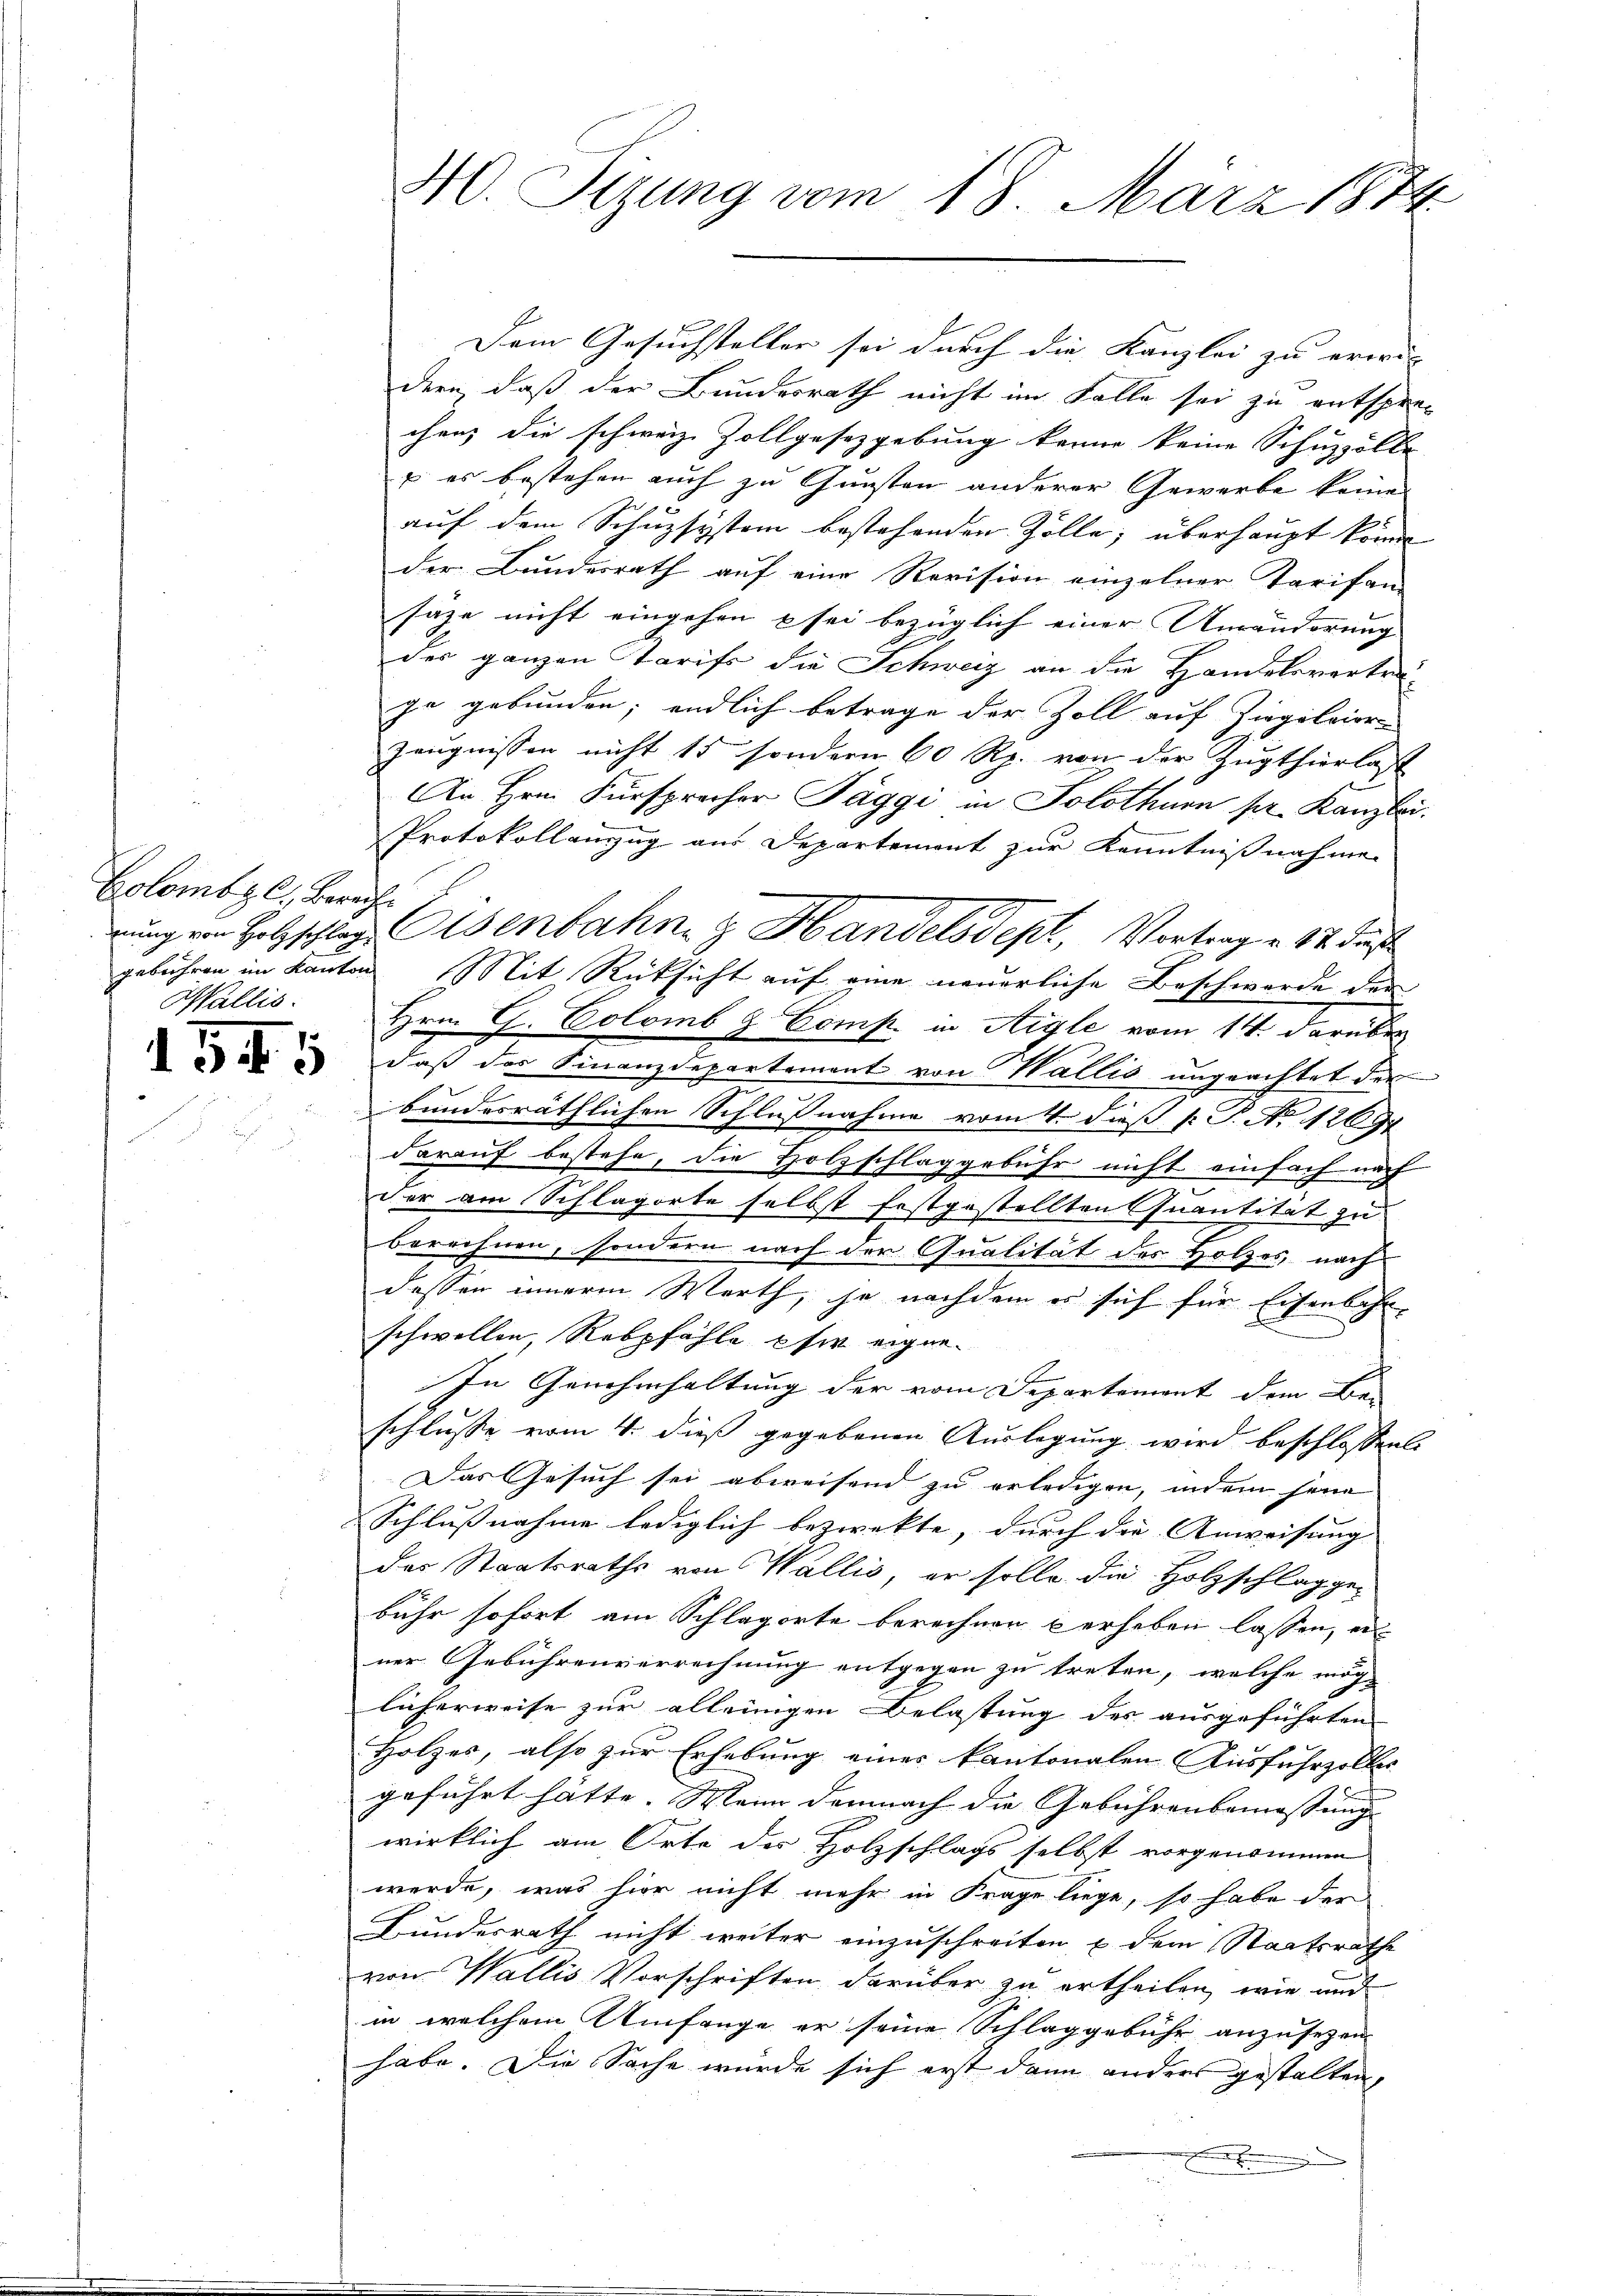
Colombzl, Bereche
gebühren im Kanton
Wallis.

545

Dem Gesuchsteller sei durch die Kanzlei zu erwä-
dern, daß der Bundesrath nicht im Falle sei zu entspre-
chen, die schweiz. Zollgesetzgebung keine keine Schuzzölle |
 es bestehen auch zu Gunsten anderer Gewerbe keines
 65
auf dem Schnzsystem bestehenden Zölle; überhaupt kenne
der Bundesrath auf eine Revision einzelner Tarifan-
saze nicht eingehen & sei bezüglich einer Umränderung
der ganzen Starifs die Schweiz an die Handelsvertra
ge gebunden; endlich betrage der Zoll auf Ziegelvier-
Zeugnissen nicht 15 sondern 60 Rp. von der Zugthierlast
An Hrn. Fürsprecher Paggi in Solothurn pr. Kanzlei.
Protokollanzug aus Departement zur Kenntnißnahme
Mit Rücksicht auf eine neuerliche Beschwerde der
Hrn. G. Colomb & Comp. in Aigle vom 14. darüber
daß das Finanzdepartement von Wallis ungeachtet der
bundesräthlichen Schlußnahme vom 4. dieß p. T. No 12697
darauf bestehe, die Holzschlaggebühr nicht einfach nach
der am Schlagorte selbst festgestellten Quantität zu
berechnen, sondern nach der Qualität des Holzes, nach
dessen innere Werth, ja nachdem es sich für Eisenbahn-
schwellen, Rebpfähle pfer eigen.
In Genehmhaltung der vom Departement dem Bei
schlusse vom 4. dieß gegebenen Auslegung wird beschlossen:
Das Gesuch sei abweisend zu erledigen, indem jene
Schlußnahme lediglich bezweckte, durch die Anweisung |
des Staatsraths von Wallis, er solle die Holzschlag ge-
bühr sofort am Schlagorte berechnen verheben lassen, er
ner Gebührenverrechnung entgegen zu treten, welche möch
licherweise zur alleinigen Belastung des ausgeführten
Holzes, also zur Erhebung eines kantonalen Ausfuhrzoller
geführt hätte. Mann demnach die Gebührenbemessung
wirklich am Orte der Holzschlags selbst vorgenommen
werde, was hier nicht mehr in Frage liege, so habe der
Bundesrath nicht weiter einzuschreiten u dem Staatsrathe
von Wallis Vorschriften darüber zu ertheilen, wie und
in welchem Umfange er seine Schlaggebühr anzusezen
habe. Die Sache würde sich erst dann anders gestalten,

M. Sizung vom 18. März 1874

nung von Holzschlag Osenbahn & Handelsdept, Vortrag v. 17. dies